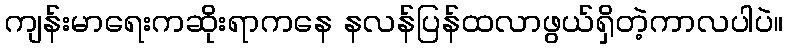
ကျန်းမာရေးကဆိုးရာကနေ နလန်ပြန်ထလာဖွယ်ရှိတဲ့ကာလပါပဲ။